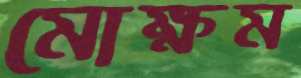
মোক্ষম